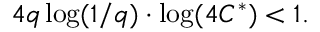
4 q \log ( 1 / q ) \cdot \log ( 4 C ^ { * } ) < 1 .